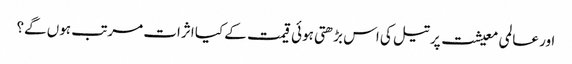
اور عالمی معیشت پر تیل کی اس بڑھتی ہوئی قیمت کے کیا اثرات مرتب ہوں گے؟